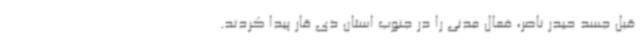
قبل جسد حیدر ناصر، فعال مدنی را در جنوب استان ذی قار پیدا کردند.